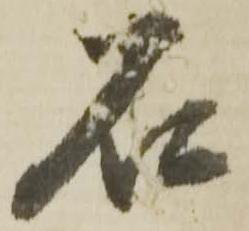
石